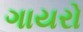
ગાયરો